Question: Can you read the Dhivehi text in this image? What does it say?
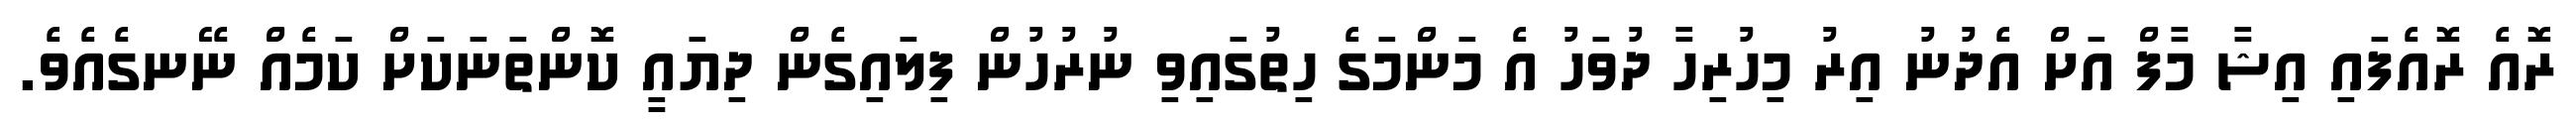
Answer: ރޮއެ ރޮއެފައި އިޝާ މާފް އަށް އެދުނު އިރު މިހުރިހާ ދުވަހު އެ މަންމަގެ ހިތުގައިވި ނުރުހުން ފިލައިގެން ދިޔައީ ކޮންތަނަކަށް ކަމެއް ނޭނގެއެވެ.